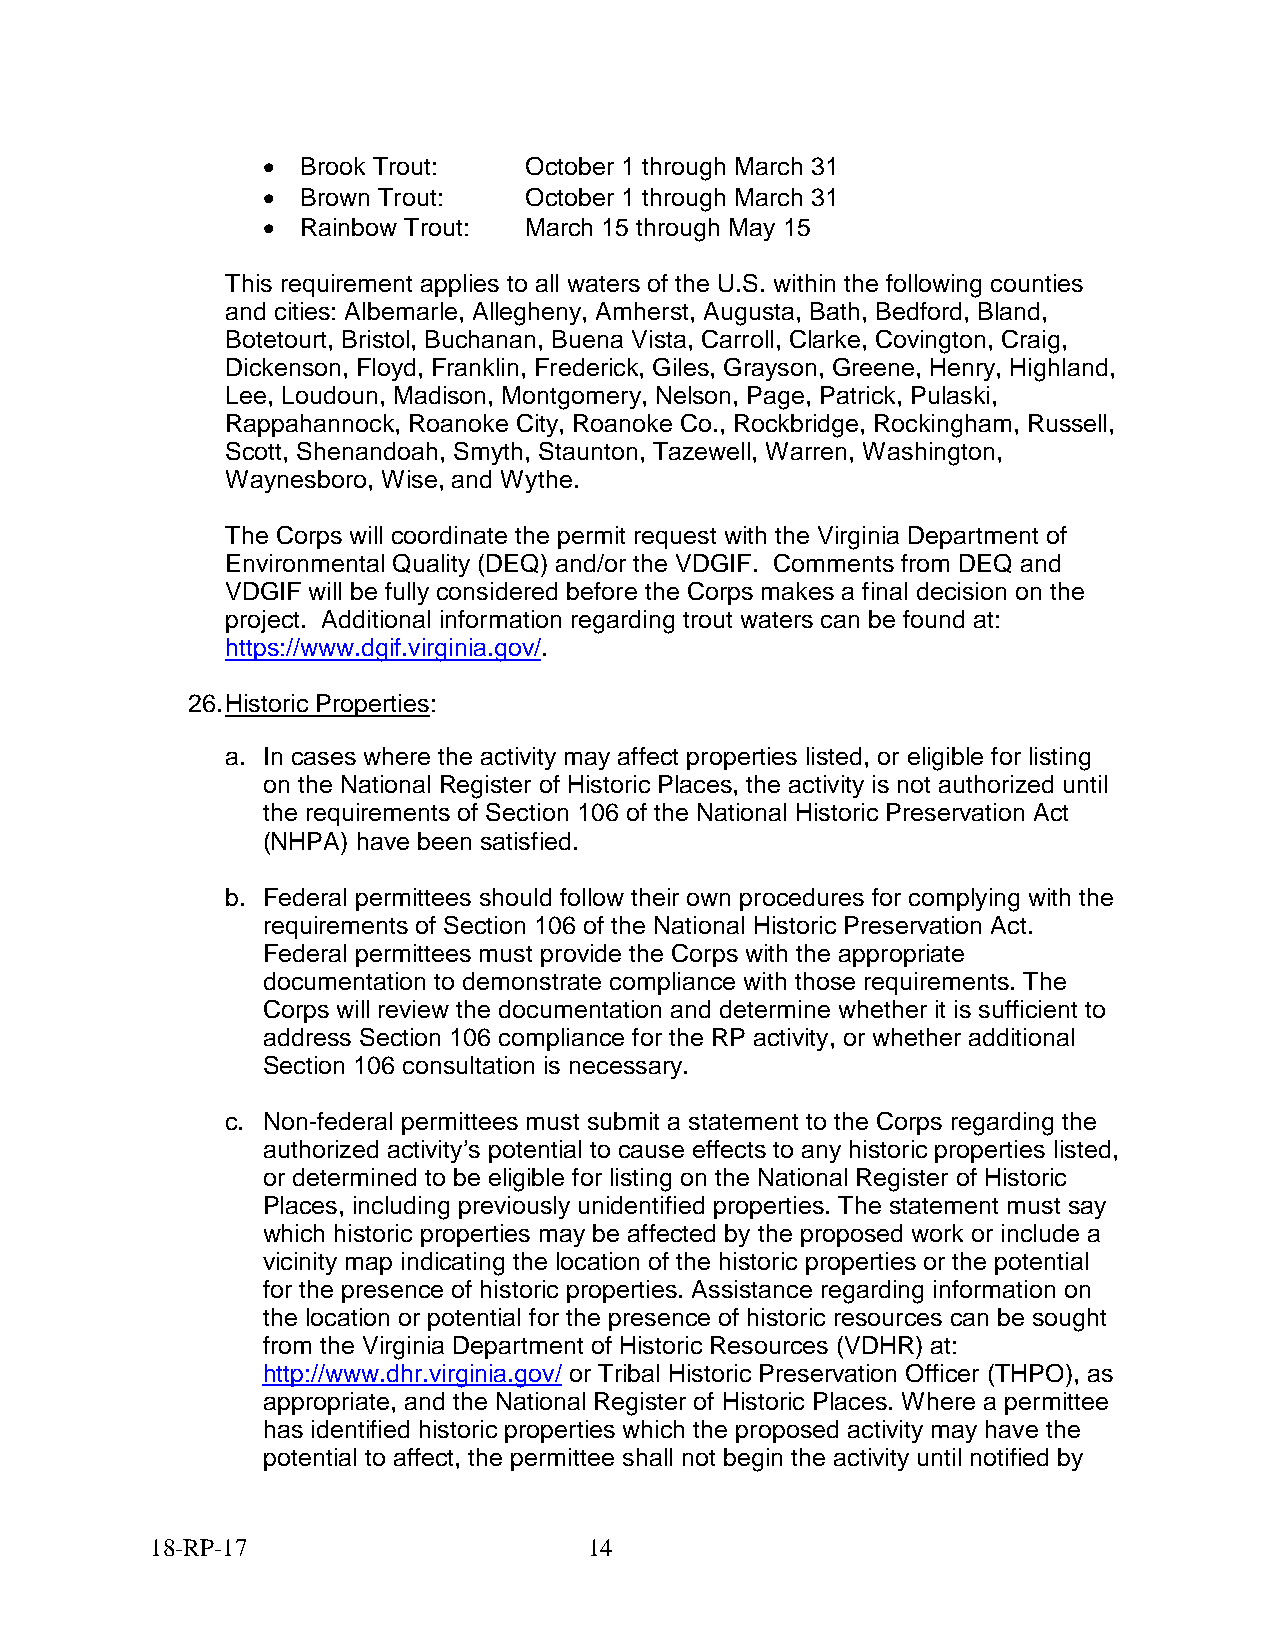
•  Brook Trout:   October 1 through March 31
 •  Brown Trout:   October 1 through March 31
 •  Rainbow Trout: March 15 through May 15
 This requirement applies to all waters of the U.S. within the following counties
 and cities: Albemarle, Allegheny, Amherst, Augusta, Bath, Bedford, Bland,
 Botetourt, Bristol, Buchanan, Buena Vista, Carroll, Clarke, Covington, Craig,
 Dickenson, Floyd, Franklin, Frederick, Giles, Grayson, Greene, Henry, Highland,
 Lee, Loudoun, Madison, Montgomery, Nelson, Page, Patrick, Pulaski,
 Rappahannock, Roanoke City, Roanoke Co., Rockbridge, Rockingham, Russell,
 Scott, Shenandoah, Smyth, Staunton, Tazewell, Warren, Washington,
 Waynesboro, Wise, and Wythe.
 The Corps will coordinate the permit request with the Virginia Department of
 Environmental Quality (DEQ) and/or the VDGIF. Comments from DEQ and
 VDGIF will be fully considered before the Corps makes a final decision on the
 project. Additional information regarding trout waters can be found at:
 https://www.dgif.virginia.gov/.
 26. Historic Properties:
 a. In cases where the activity may affect properties listed, or eligible for listing
 on the National Register of Historic Places, the activity is not authorized until
 the requirements of Section 106 of the National Historic Preservation Act
 (NHPA) have been satisfied.
 b. Federal permittees should follow their own procedures for complying with the
 requirements of Section 106 of the National Historic Preservation Act.
 Federal permittees must provide the Corps with the appropriate
 documentation to demonstrate compliance with those requirements. The
 Corps will review the documentation and determine whether it is sufficient to
 address Section 106 compliance for the RP activity, or whether additional
 Section 106 consultation is necessary.
 c. Non-federal permittees must submit a statement to the Corps regarding the
 authorized activity’s potential to cause effects to any historic properties listed,
 or determined to be eligible for listing on the National Register of Historic
 Places, including previously unidentified properties. The statement must say
 which historic properties may be affected by the proposed work or include a
 vicinity map indicating the location of the historic properties or the potential
 for the presence of historic properties. Assistance regarding information on
 the location or potential for the presence of historic resources can be sought
 from the Virginia Department of Historic Resources (VDHR) at:
 http://www.dhr.virginia.gov/ or Tribal Historic Preservation Officer (THPO), as
 appropriate, and the National Register of Historic Places. Where a permittee
 has identified historic properties which the proposed activity may have the
 potential to affect, the permittee shall not begin the activity until notified by
 18-RP-17                     14